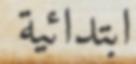
ابتدائية